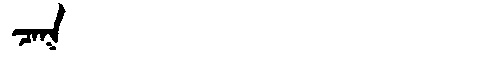
Manchu: ᠴᠠᡴ
Romanization: CAK